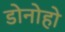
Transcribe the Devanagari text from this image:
डोनोहो